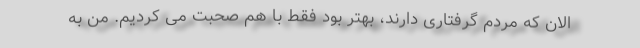
الان که مردم گرفتاری دارند، بهتر بود فقط با هم صحبت می کردیم. من به